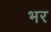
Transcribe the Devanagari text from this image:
भर